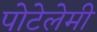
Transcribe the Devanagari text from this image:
पोटेलेमी